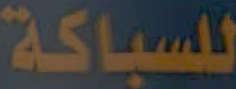
للسباكة